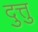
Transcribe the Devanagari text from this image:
दुत्तु